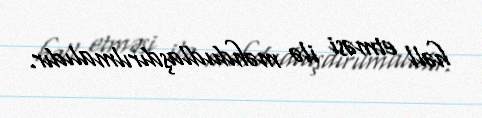
həll etməsi ilə məhdudlaşdırılmalıdır.